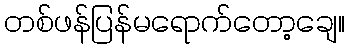
တစ်ဖန်ပြန်မရောက်တော့ချေ။